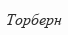
Торберн